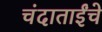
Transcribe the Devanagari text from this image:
चंदाताईंचे